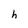
Character: h